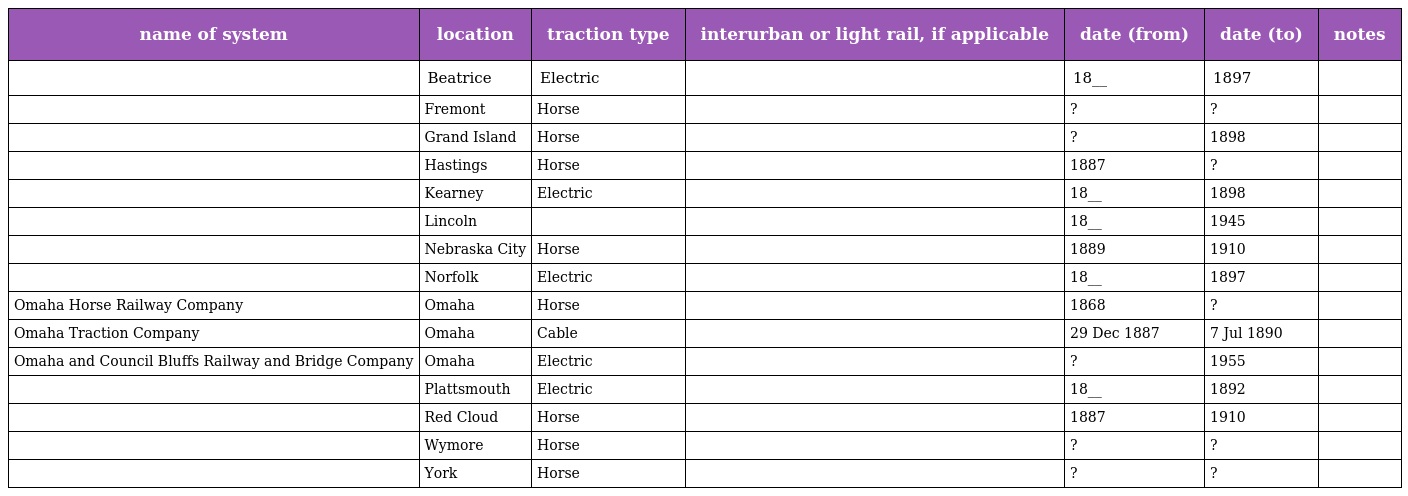
| name of system | location | traction type | interurban or light rail, if applicable | date (from) | date (to) | notes |
 | --- | --- | --- | --- | --- | --- | --- |
 |  | Beatrice | Electric |  | 18__ | 1897 |  |
 |  | Fremont | Horse |  | ? | ? |  |
 |  | Grand Island | Horse |  | ? | 1898 |  |
 |  | Hastings | Horse |  | 1887 | ? |  |
 |  | Kearney | Electric |  | 18__ | 1898 |  |
 |  | Lincoln |  |  | 18__ | 1945 |  |
 |  | Nebraska City | Horse |  | 1889 | 1910 |  |
 |  | Norfolk | Electric |  | 18__ | 1897 |  |
 | Omaha Horse Railway Company | Omaha | Horse |  | 1868 | ? |  |
 | Omaha Traction Company | Omaha | Cable |  | 29 Dec 1887 | 7 Jul 1890 |  |
 | Omaha and Council Bluffs Railway and Bridge Company | Omaha | Electric |  | ? | 1955 |  |
 |  | Plattsmouth | Electric |  | 18__ | 1892 |  |
 |  | Red Cloud | Horse |  | 1887 | 1910 |  |
 |  | Wymore | Horse |  | ? | ? |  |
 |  | York | Horse |  | ? | ? |  |